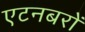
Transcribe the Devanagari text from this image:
एटनबरों